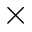
\times